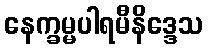
နေက္ခမ္မပါရမီနိဒ္ဒေသ